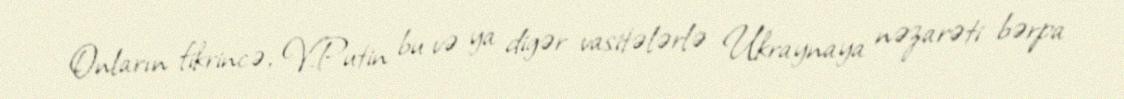
Onların fikrincə, V.Putin bu və ya digər vasitələrlə Ukraynaya nəzarəti bərpa